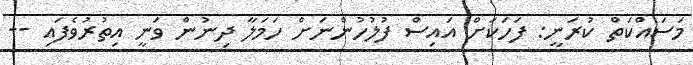
މަސައްކަތް ކުރަނީ: ފަހަކަށް އައިސް ފުލުހުންނަށް ހަމަލާ ދިނުން ވަނީ އިތުރުވެފައި --